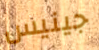
جينيس